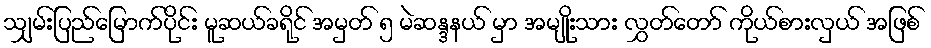
သျှမ်းပြည်မြောက်ပိုင်း မူဆယ်ခရိုင် အမှတ် ၅ မဲဆန္ဒနယ် မှာ အမျိုးသား လွှတ်တော် ကိုယ်စားလှယ် အဖြစ်